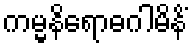
ကမ္မနိရောဓဂါမိနိံ